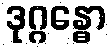
ဒုဂ္ဂန္ဓော